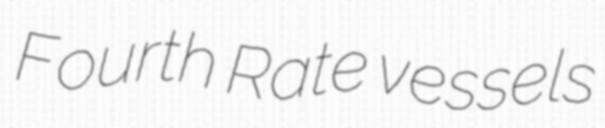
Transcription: Fourth Rate vessels